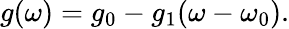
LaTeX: g(\omega)=g_{0}-g_{1}(\omega-\omega_{0}).